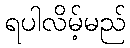
ရပါလိမ့်မည်